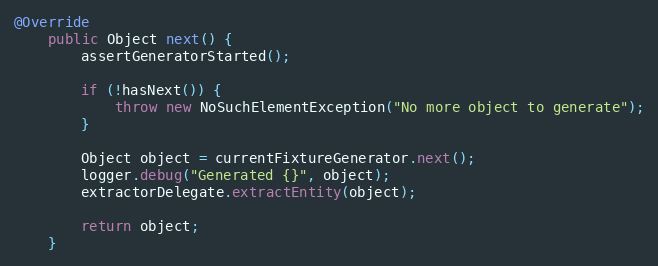
Language: Java
@Override
	public Object next() {
		assertGeneratorStarted();

		if (!hasNext()) {
			throw new NoSuchElementException("No more object to generate");
		}

		Object object = currentFixtureGenerator.next();
		logger.debug("Generated {}", object);
		extractorDelegate.extractEntity(object);

		return object;
	}